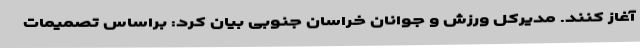
آغاز کنند. مدیرکل ورزش و جوانان خراسان جنوبی بیان کرد: براساس تصمیمات